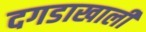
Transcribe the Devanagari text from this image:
दगडाखाली